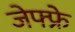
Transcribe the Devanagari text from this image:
जेफ्फ्रे